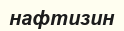
нафтизин